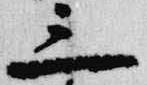
三